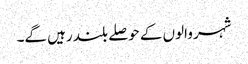
شہر والوں کے حوصلے بلند رہیں گے۔